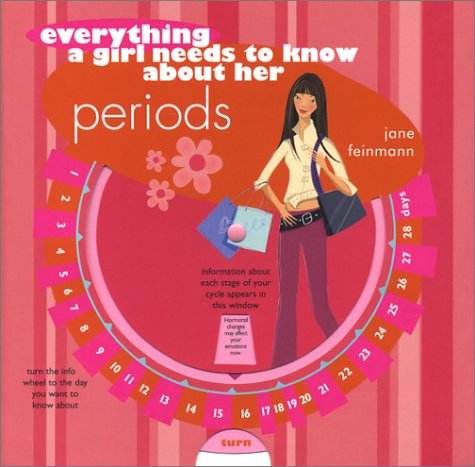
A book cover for Everything a Girl Needs to Know about Her Periods; Jane Feinmann; Teen & Young Adult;